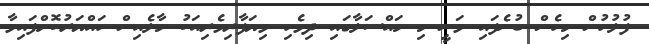
ފުލުހުން މިހެން ބުނެފައި ވަނީ މި މައްސަލާގައި ދިވެހި ވިޔަފާރިވެރިއަކު މާލެއިން ހައްޔަރުކޮށްފައިވާ